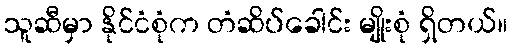
သူဆီမှာ နိုင်ငံစုံက တံဆိပ်ခေါင်း မျိုးစုံ ရှိတယ်။